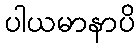
ပါယမာနာပိ